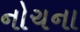
નોચના